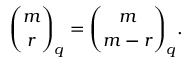
{ \binom { m } { r } } _ { q } = { \binom { m } { m - r } } _ { q } .